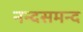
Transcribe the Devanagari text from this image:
नन्‍दसमन्‍द